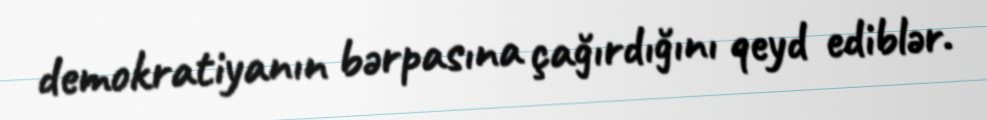
demokratiyanın bərpasına çağırdığını qeyd ediblər.